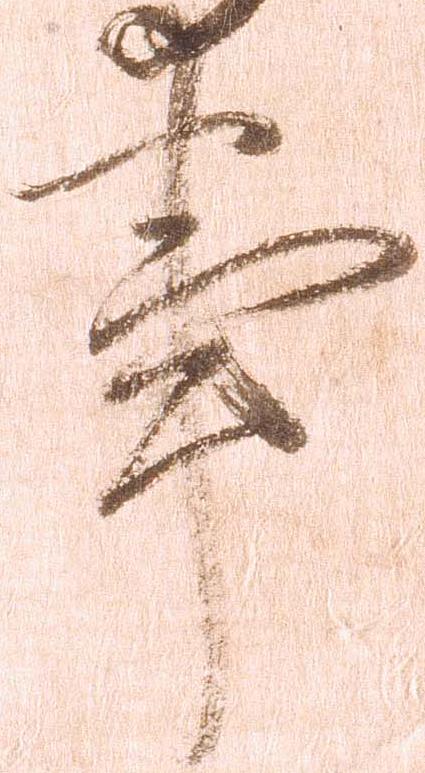
事